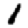
Digit: 1